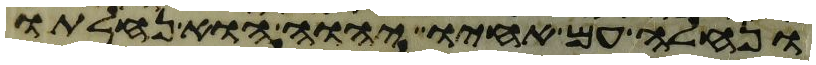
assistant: ונחלה עם אחיו יהוה הוא נחלתו